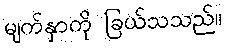
မျက်နှာကို ခြယ်သသည်။